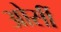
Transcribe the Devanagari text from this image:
ओर्सी